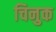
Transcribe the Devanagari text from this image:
चिनुक